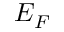
E _ { F }